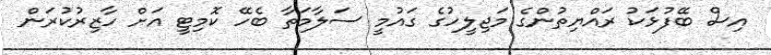
އިސް ބޭފުޅަކު ރައްޔިތުންގެ މަޖިލީހުގެ ގައުމީ ސަލާމަތާ ބެހޭ ކޮމިޓީ އަށް ހާޒިރުކުރަން